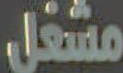
مشغل